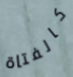
كالفتاة